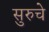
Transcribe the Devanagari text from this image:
सुरुचे